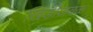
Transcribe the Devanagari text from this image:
खिंडीजवळ